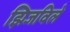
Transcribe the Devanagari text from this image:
झिजविले